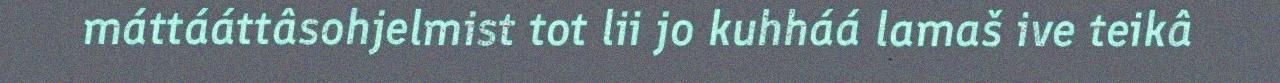
máttááttâsohjelmist tot lii jo kuhháá lamaš ive teikâ